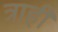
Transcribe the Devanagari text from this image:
त्राही